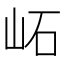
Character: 𡶌